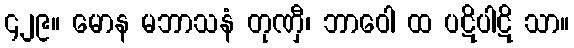
၄၂၉။ မောန မဘာသနံ တုဏှီ၊ ဘာဝေါ ထ ပဋိပါဋိ သာ။